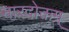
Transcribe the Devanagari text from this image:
नारदोक्तम्